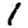
Digit: 1